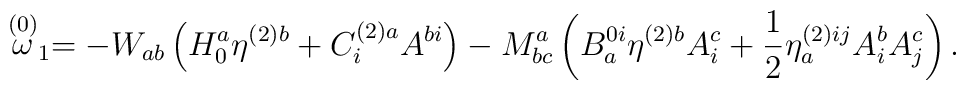
\stackrel{(0)}{\omega }_{1}=-W_{ab}\left( H_{0}^{a}\eta^{(2)b}+C_{i}^{(2)a}A^{bi}\right) -M_{bc}^{a}\left( B_{a}^{0i}\eta^{(2)b}A_{i}^{c}+\frac{1}{2}\eta _{a}^{(2)ij}A_{i}^{b}A_{j}^{c}\right) .